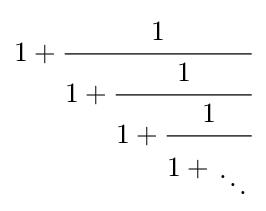
1+{\cfrac {1}{1+{\cfrac {1}{1+{\cfrac {1}{1+{{\vphantom {1}} \atop \ddots }}}}}}}